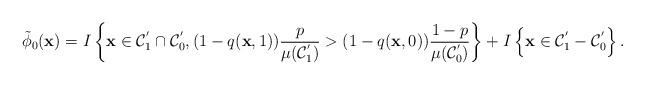
LaTeX: \begin{align*}\tilde{\phi}_{0}(\textbf{x})= I \left\lbrace \textbf{x} \in \mathcal{C}^{'}_{1} \cap \mathcal{C}^{'}_{0}, (1-q(\textbf{x},1)) \dfrac{p}{\mu{(\mathcal{C}^{'}_{1})}} > (1-q(\textbf{x},0)) \dfrac{1-p}{\mu{(\mathcal{C}^{'}_{0})}} \right\rbrace + I \left\lbrace \textbf{x} \in \mathcal{C}^{'}_{1} - \mathcal{C}^{'}_{0}\right\rbrace.\end{align*}